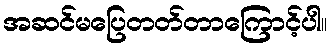
အဆင်မပြေတတ်တာကြောင့်ပါ။